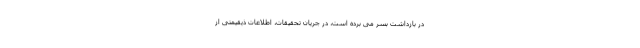
در بازداشت بسر می برده است، در جریان تحقیقات، اطلاعات ذیقیمتی از